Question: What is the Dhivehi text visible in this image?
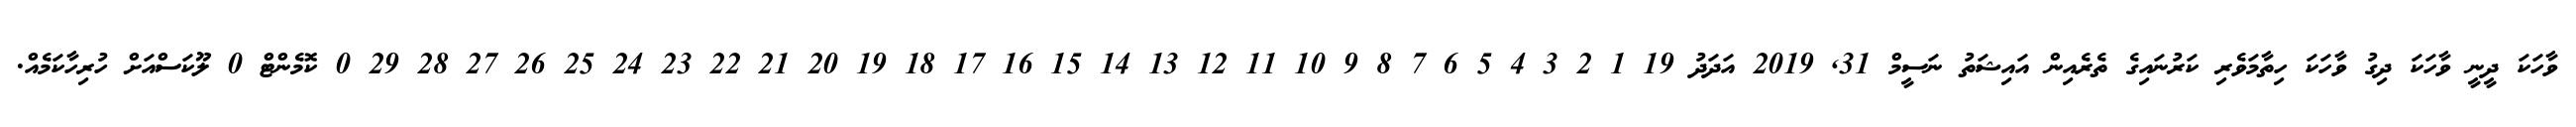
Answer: ވާހަކަ ދީނީ ވާހަކަ ދިގު ވާހަކަ ހިތާމަވެރި ކަރުނައިގެ ތެރެއިން އައިޝަތު ނަސީމް 31, 2019 އަދަދު 19 1 2 3 4 5 6 7 8 9 10 11 12 13 14 15 16 17 18 19 20 21 22 23 24 25 26 27 28 29 0 ކޮމެންޓް 0 ލޫކަސްއަށް ހުރިހާކަމެއް.